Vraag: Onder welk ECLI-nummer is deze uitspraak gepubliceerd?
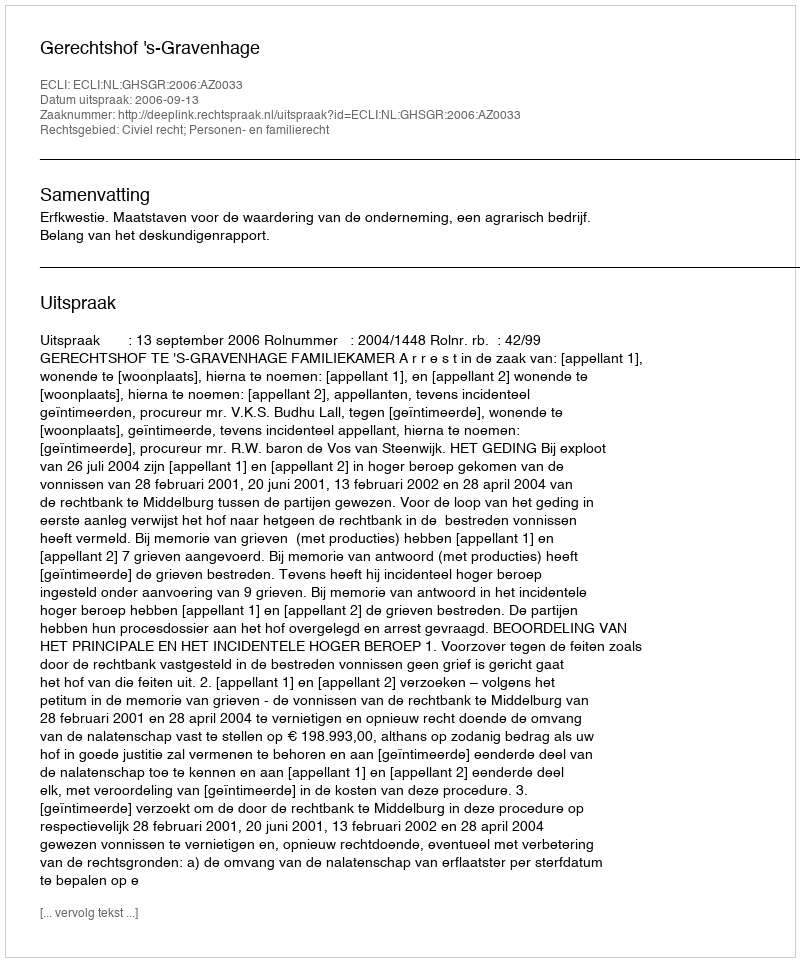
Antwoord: ECLI:NL:GHSGR:2006:AZ0033